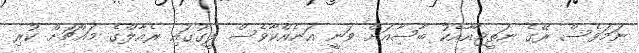
ނަމަވެސް ރޭގެ ނަތީޖާއާއެކު ބާސާއަށް ވަނީ އަނެއްކާވެސް ލީގުގައި ރެއާލްގެ މައްޗަށް ކުރި